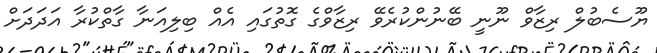
ޔޫސެބުލް ރިޒާވް ނޫނީ ބޭނުންކުރެވޭ ރިޒާވްގެ ގޮތުގައި އެއް ބިލިއަނާ ގާތްކުރާ އަދަދަށް